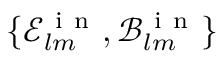
\{ \mathcal { E } _ { l m } ^ { \mathrm { ~ i ~ n ~ } } , \mathcal { B } _ { l m } ^ { \mathrm { ~ i ~ n ~ } } \}